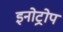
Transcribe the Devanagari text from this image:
इनोट्रोप